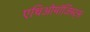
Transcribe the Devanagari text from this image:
एथिओमॉजिस्ट्स